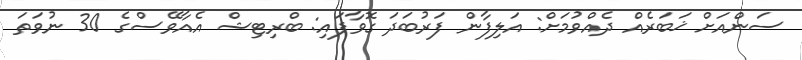
ސަންއަށް ޚަބަރެއް ދެއްވުމަށް: އަލިފާން ފަރުބަދަ ގޮވާފައި: ބްރިޓިޝް އެއާވޭސްގެ 30 ނުވަތަ